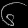
Digit: ၆